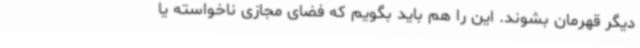
دیگر قهرمان بشوند. این را هم باید بگویم که فضای مجازی ناخواسته یا